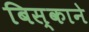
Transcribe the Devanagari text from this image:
बिस्काने